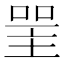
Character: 𠸈